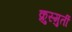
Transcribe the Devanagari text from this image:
क्रुस्मुर्ती